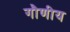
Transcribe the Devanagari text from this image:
गौणीय